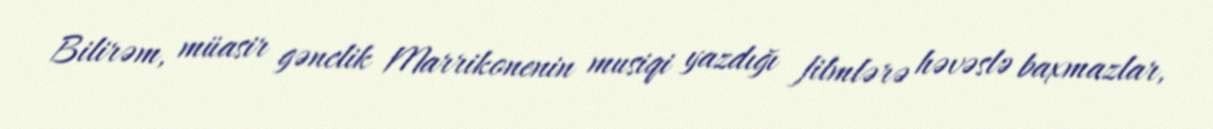
Bilirəm, müasir gənclik Marrikonenin musiqi yazdığı filmlərə həvəslə baxmazlar,